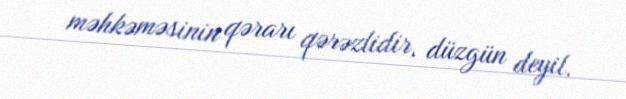
məhkəməsinin qərarı qərəzlidir, düzgün deyil.